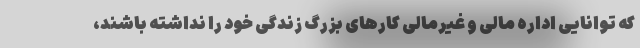
که توانایی اداره مالی و غیرمالی کارهای بزرگ زندگی خود را نداشته باشند،